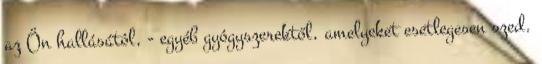
az Ön hallásától, - egyéb gyógyszerektől, amelyeket esetlegesen szed.